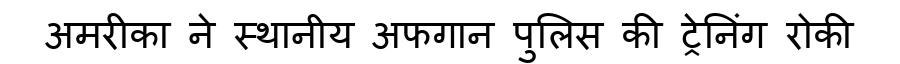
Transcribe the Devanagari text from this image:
अमरीका ने स्थानीय अफगान पुलिस की ट्रेनिंग रोकी